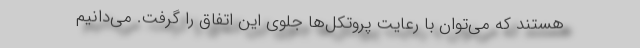
هستند که می‌توان با رعایت پروتکل‌ها جلوی این اتفاق را گرفت. می‌دانیم